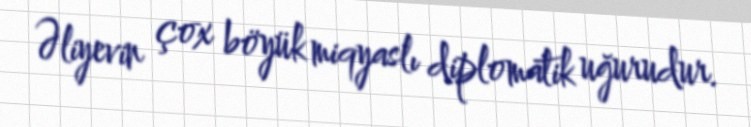
Əliyevin çox böyük miqyaslı diplomatik uğurudur.